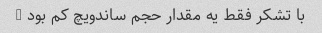
با تشکر فقط یه مقدار حجم ساندویچ کم بود …